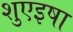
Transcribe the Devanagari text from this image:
शुएइषा